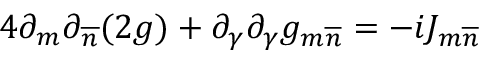
4 \partial _ { m } \partial _ { \overline { { { n } } } } ( 2 g ) + \partial _ { \gamma } \partial _ { \gamma } g _ { m \overline { { { n } } } } = - i J _ { m \overline { { { n } } } }